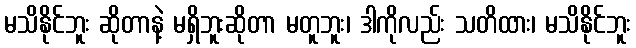
မသိနိုင်ဘူး ဆိုတာနဲ့ မရှိဘူးဆိုတာ မတူဘူး၊ ဒါကိုလည်း သတိထား၊ မသိနိုင်ဘူး